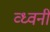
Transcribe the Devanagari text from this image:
व्ध्वनी